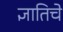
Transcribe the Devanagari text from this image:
ज्ञातिचे